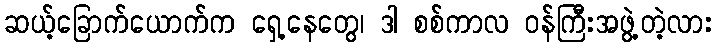
ဆယ့်ခြောက်ယောက်က ရှေ့နေတွေ၊ ဒါ စစ်ကာလ ဝန်ကြီးအဖွဲ့တဲ့လား